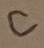
Text: C